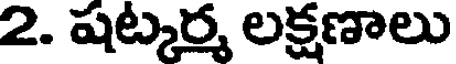
2. షట్కర్మ లక్షణాలు